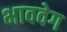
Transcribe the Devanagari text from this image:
भाववेग